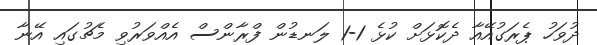
ދުވަހު ޕެރަގުއޭއާ ދެކޮޅަށް ކުޅެ 1-1 ލަނޑުން ފްރާންސް އެއްވަރުވި މެޗުގައި އޭނާ